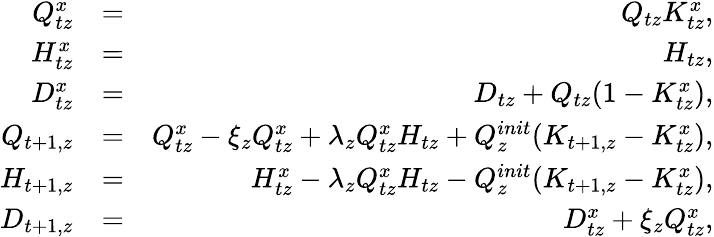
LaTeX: \begin{array}{rlr}{Q_{tz}^{x}}&{=}&{Q_{tz}K_{tz}^{x},}\\ {H_{tz}^{x}}&{=}&{H_{tz},}\\ {D_{tz}^{x}}&{=}&{D_{tz}+Q_{tz}(1-K_{tz}^{x}),}\\ {Q_{t+1,z}}&{=}&{Q_{tz}^{x}-\xi_{z}Q_{tz}^{x}+\lambda_{z}Q_{tz}^{x}H_{tz}+Q_{z}^{init}(K_{t+1,z}-K_{tz}^{x}),}\\ {H_{t+1,z}}&{=}&{H_{tz}^{x}-\lambda_{z}Q_{tz}^{x}H_{tz}-Q_{z}^{init}(K_{t+1,z}-K_{tz}^{x}),}\\ {D_{t+1,z}}&{=}&{D_{tz}^{x}+\xi_{z}Q_{tz}^{x},}\end{array}